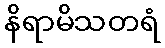
နိရာမိသတရံ